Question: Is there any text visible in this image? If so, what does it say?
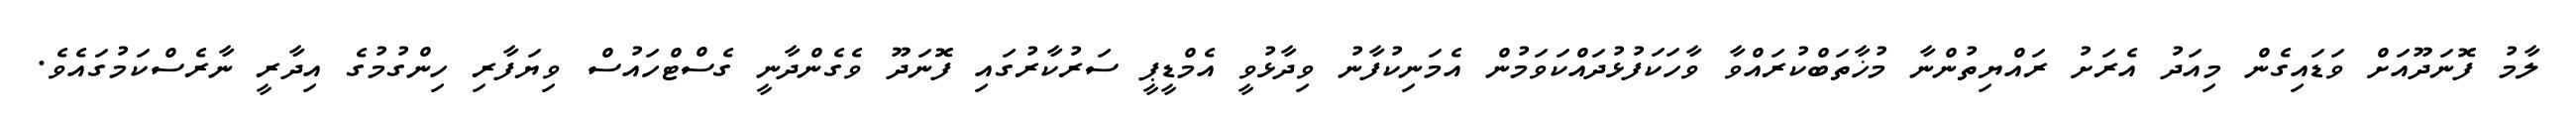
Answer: ލާމު ފޮނަދޫއަށް ވަޑައިގެން މިއަދު އެރަށު ރައްޔިތުންނާ މުޚާތަބްކުރައްވާ ވާހަކަފުޅުދައްކަވަމުން އެމަނިކުފާނު ވިދާޅުވީ އެމްޑީޕީ ސަރުކާރުގައި ފޮނަދޫ ވެގެންދާނީ ގެސްޓްހައުސް ވިޔަފާރި ހިންގުމުގެ އިދާރީ ނާރެސްކަމުގައެވެ.